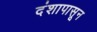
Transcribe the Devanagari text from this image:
दंशापासून